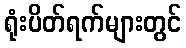
ရုံးပိတ်ရက်များတွင်